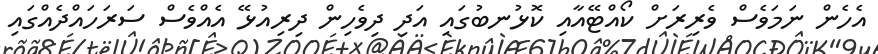
އެހެން ނަމަވެސް ވެރިރަށް ކޯއްޓޭއާއި ކޮޅުނބުގައި އަދި ދިވެހިން ދިރިއުޅޭ އެއްވެސް ސަރަހައްދެއްގައި